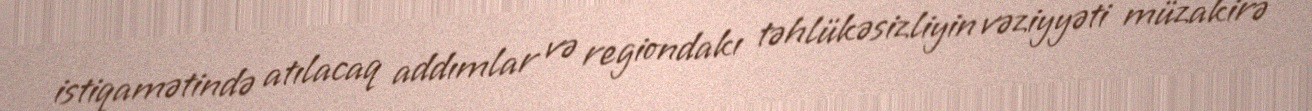
istiqamətində atılacaq addımlar və regiondakı təhlükəsizliyin vəziyyəti müzakirə